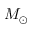
M _ { \odot }